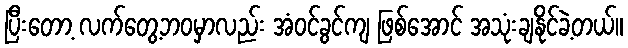
ပြီးတော့ လက်တွေ့ဘဝမှာလည်း အံဝင်ခွင်ကျ ဖြစ်အောင် အသုံးချနိုင်ခဲ့တယ်။